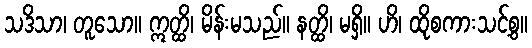
သဒိသာ၊ တူသော။ ဣတ္ထိ၊ မိန်းမသည်။ နတ္ထိ၊ မရှိ။ ဟိ၊ ထိုစကားသင့်စွ။